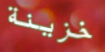
خزينة